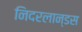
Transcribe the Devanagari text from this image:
निदरलान्डस